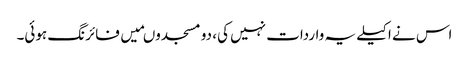
اس نے اکیلے یہ واردات نہیں کی، دو مسجدوںمیں فائرنگ ہوئی۔